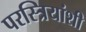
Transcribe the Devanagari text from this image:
परस्त्रियांशी